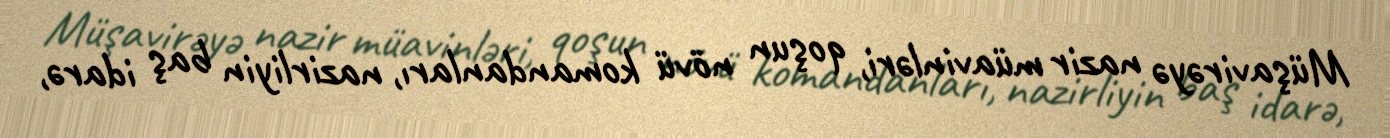
Müşavirəyə nazir müavinləri, qoşun növü komandanları, nazirliyin baş idarə,